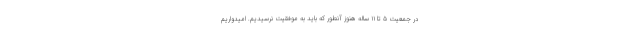
در جمعیت ۵ تا ۱۱ ساله هنوز آنطور که باید به موفقیت نرسیدیم. امیدواریم